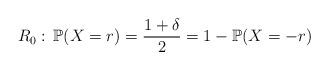
LaTeX: \begin{align*} R_0: \, \mathbb{P}(X = r) = \frac{1 + \delta}{2} = 1 - \mathbb{P}(X = -r)\end{align*}